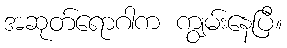
အဆုတ်ရောဂါက ကျွမ်းနေပြီ။